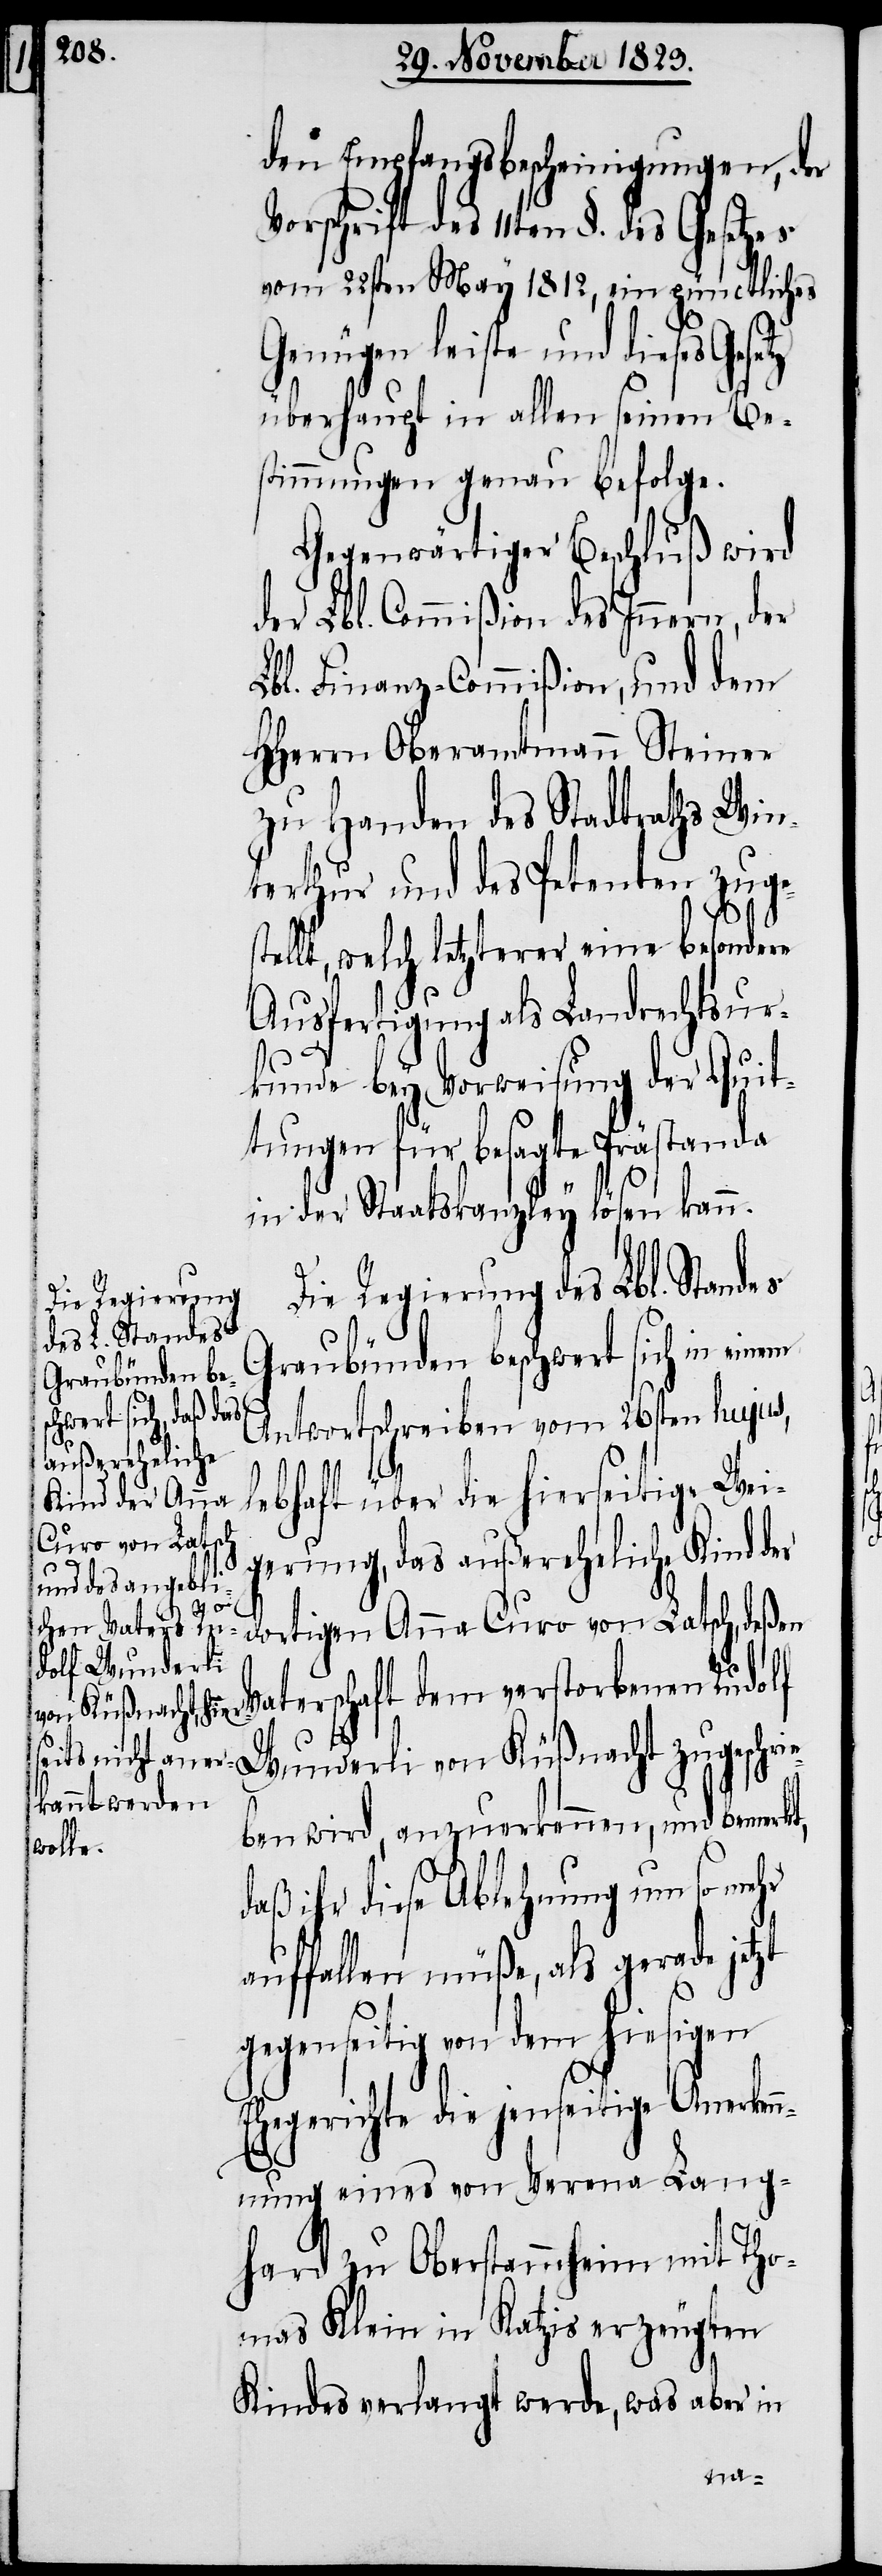
den Empfangsbescheinigungen, der
Vorschrift des 11ten §. des
vom 22sten May 1812, ein pünctliches
Genügen leiste und dieses Ges¬
überhaupt in allen seinen Be¬
stimmungen genau befolge.
Gegenwärtiger Beschluß wird
der Lbl. Commißion des Innern, der
Lbl. Finanz-Commißion, und dem
HHerrn Oberamtmann Steiner
zu Handen des Stadtraths Win¬
terthur und des Petenten zuge¬
stellt, welch letzterer eine besondere
Ausfertigung als Landrechtsur¬
kunde bey Vorweisung der Quit¬
tungen für besagte Prästanda
in der Staatskanzley lösen kann.
Die Regierung des Lbl. Standes
Graubünden beschwert sich in einem
Antwortschreiben vom 26sten hujus,
lebhaft über die hierseitige Wei¬
gerung, das außereheliche Kind der
dortigen Anna Curo von Latsch, deße¬
n Vaterschaft dem verstorbenen Rudolf
Wunderli von Küßnacht zugeschri¬
eben wird, anzuerkennen, und bemerkt,
aß ihr diese Ablehnung um so mehr
auffallen müße, als gerade jetzt
gegenseitig von dem hiesigen
Ehegerichte die jenseitige Anerken¬
nung eines von Verena Lang¬
hard zu Oberstammheim mit Tho¬
mas Klein in Katzis erzeugten
Kindes verlangt werde, was aber in
d¬